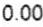
0.00